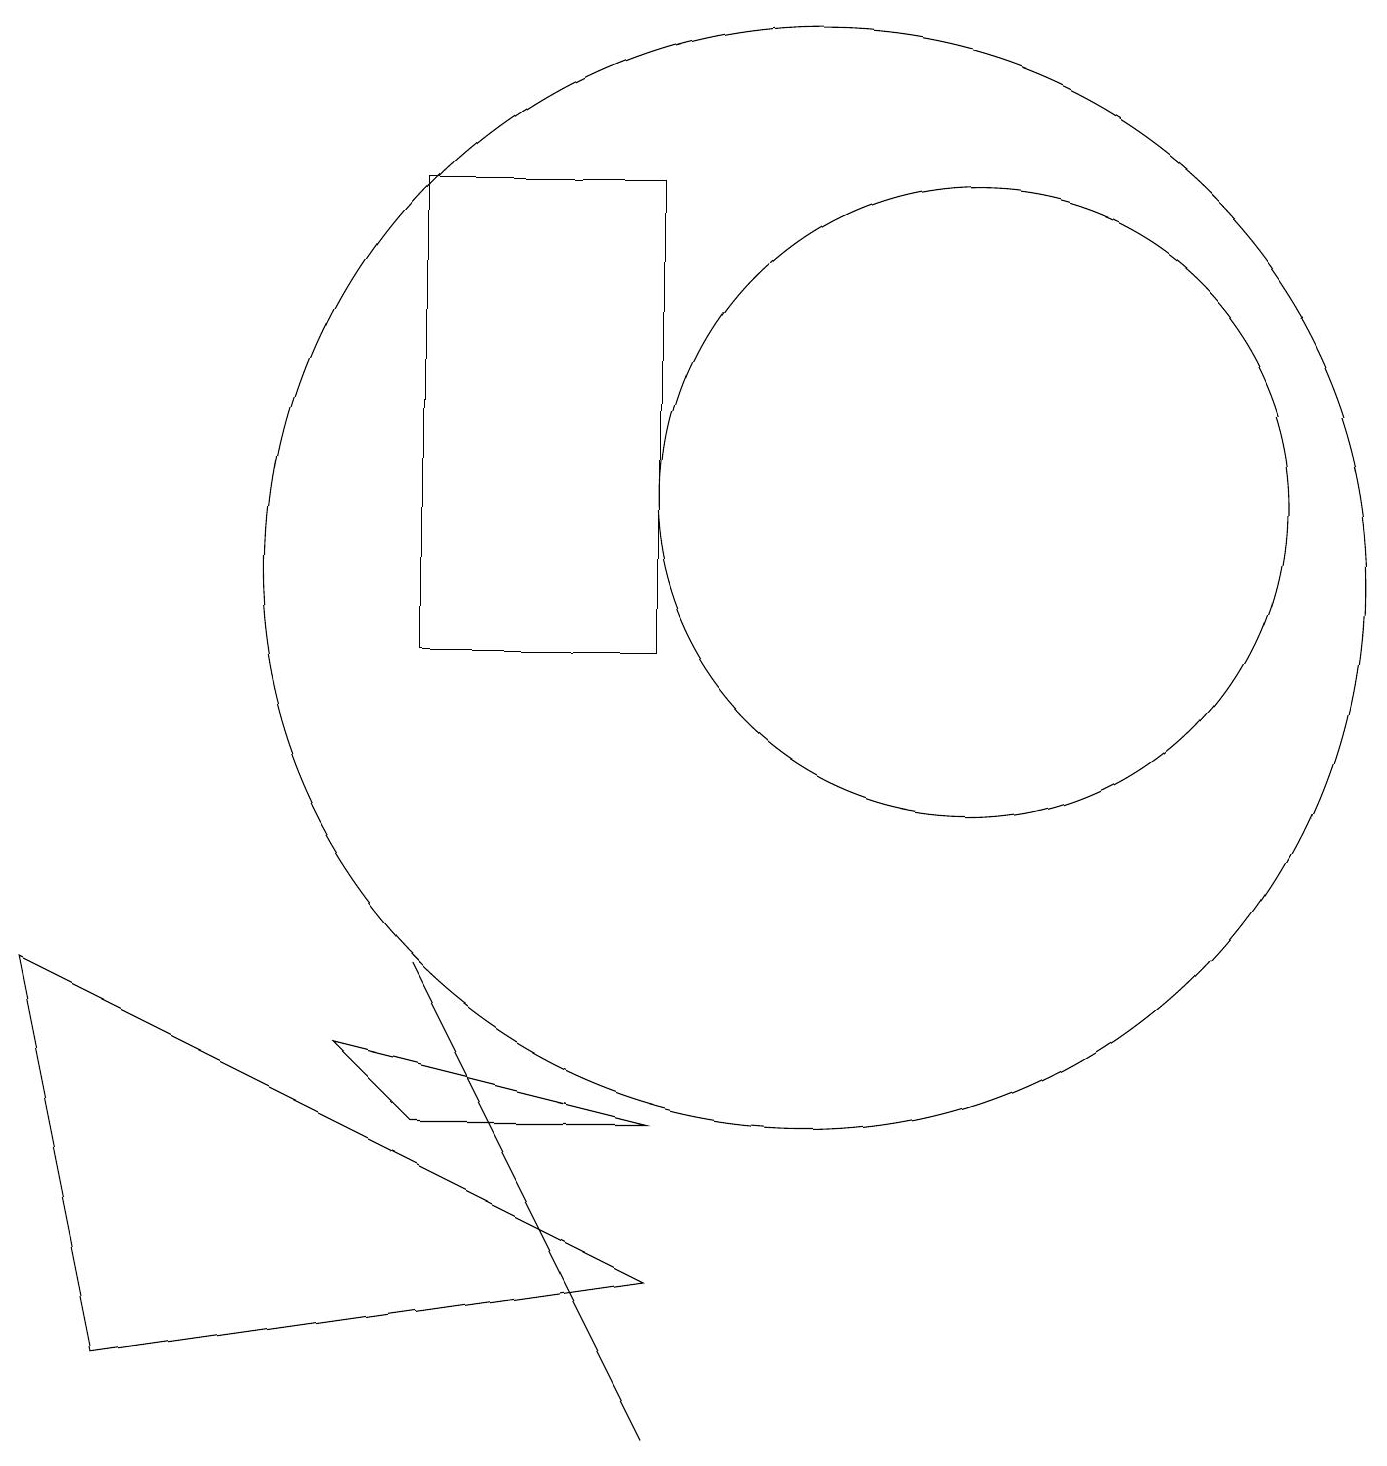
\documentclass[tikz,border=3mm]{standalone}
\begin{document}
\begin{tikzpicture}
\draw (5,6) -- (5,6) -- (8,0) -- cycle;
\draw (10,11) circle (7);
\draw (12,12) circle (4);
\draw (8,4) -- (5,4) -- (4,5) -- cycle;
\draw (5,10) rectangle (8,16);
\draw (1,1) -- (0,6) -- (8,2) -- cycle;
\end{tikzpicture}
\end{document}